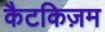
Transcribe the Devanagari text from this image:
कैटकिज़म